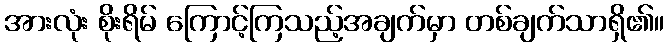
အားလုံး စိုးရိမ် ကြောင့်ကြသည့်အချက်မှာ တစ်ချက်သာရှိ၏။